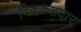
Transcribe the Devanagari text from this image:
दिक्कतदार